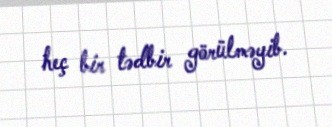
heç bir tədbir görülməyib.